Medical and sanitary report of the native army of Bengal for the year
Year: 1874
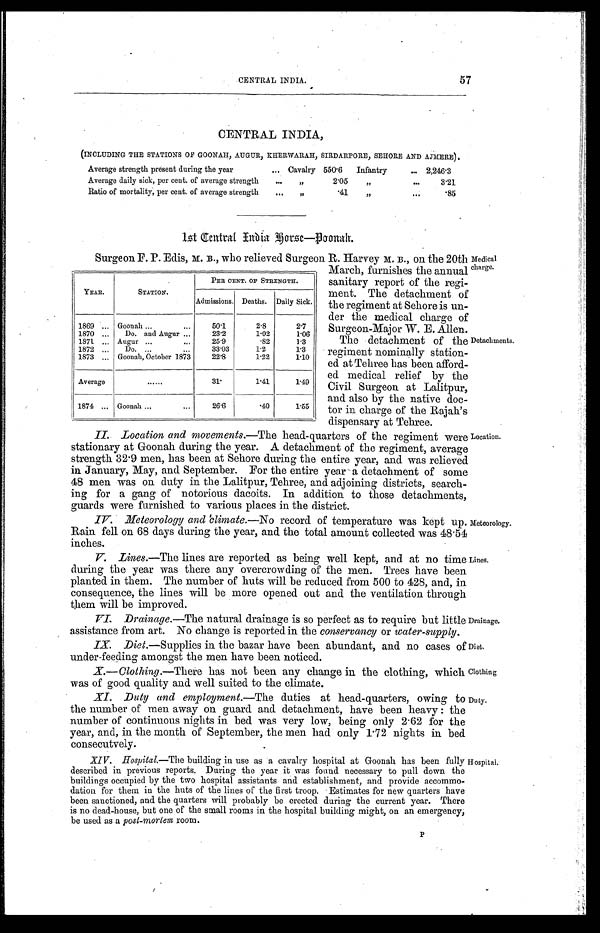
The detachment of the
regiment nominally station
-ed at Tehree has been afford
- e d m e d i c a l r e l i e f b y t h e
Civil Surgeon at Lalitpur,
and also by the native doc
- t o r i n c h a r g e o f t h e R a j a h ' s
dispensary at Tehree.
Detachments.
Drainage.
Diet.
Clothing
Duty.
57
CENTRAL INDIA.
CENTRAL INDIA,
(INCLUDING THE STATIONS OF GOONAH, AUGUR, KHERWARAH, SIRDARPORE, SEHORE AND AJMERE).
Average strength present during the year . . . Cavalry550.6 Infantry . . .
2,246.3
Average daily sick, per cent of average strength . . . " 2.05 " . . .
3.21
Ratio of mortality, per cent. of average strength . . . " .41 " . . .
.85
1st Central India Forse—Poonah.
YEAR.
STATION.
PER CENT. OF STRENGTH.
Admissions. Deaths. Daily Sick.
1869 . . . Goonah . . .
50.1
2.8
2.7
1870. . .
Do. and Augur . . .
23.2
1.02
1.06
1871. . . Augur. . .
25.9
.82
1.3
1872 . . .
Do.. . .
33.03
1.2
1.3
1873. . . Goonah, October 1873
22.8
1.22
1.10
Average
. . . 31.
1.41
1.49
1874. . . Goonah . . .
26.6
.40
1.55
II. Location and movements .—The head-quarters of the regiment were
stationary at Goonah during the year. A detachment of the regiment, average
strength 32.9 men, has been at Sehore during the entire year, and was relieved
in January, May, and September. For the entire year a detachment of some
48 men was on duty in the Lalitpur, Tehree, and adjoining districts, search
-ing for a gang of notorious dacoits. In addition to those detachments,
guards were furnished to various places in the district.
IV. Meteorology and climate .—No record of temperature was kept up.
Rain fell on 68 days during the year, and the total amount collected was 48.54
inches.
Surgeon F. P. Edis, M. B., who relieved Surgeon R. Harvey M. B ., on the 20th
March, furnishes the annual
sanitary report of the regi
-ment. The detachment of
the regiment at Sehore is un
-der the medical charge of
Surgeon-Major W. E. Allen.
Medical
charge.
Location.
Meteorology.
V. Lines.—The lines are reported as being well kept, and at no time
during the year was there any overcrowding of the men. Trees have been
planted in them. The number of huts will be reduced from 500 to 428, and, in
consequence, the lines will be more opened out and the ventilation through
them will be improved.
VI. Drainage .—The natural drainage is so perfect as to require but little
assistance from art. No change is reported in the conservancy or water-supply.
IX. Diet.—Supplies in the bazar have been abundant, and no cases of
under-feeding amongst the men have been noticed.
X.—Clothing .—There has not been any change in the clothing, which
was of good quality and well suited to the climate.
XI. Duty and employment .—The
duties at head-quarters, owing to
the number of men away on guard and detachment, have been heavy: the
number of continuous nights in bed was very low, being only 2.62 for the
year, and, in the month of September, the men had only 1.72 nights in bed
consecutvely.
XIV. Hospital.—The building in use as a cavalry hospital at Goonah has been fully
described in previous reports. During the year it was found necessary to pull down the
buildings occupied by the two hospital assistants and establishment, and provide accommo
-dation for them in the huts of the lines of the first troop. Estimates for new quarters have
been sanctioned, and the quarters will probably be erected during the current year. There
is no dead-house, but one of the small rooms in the hospital building might, on an emergency,
be used as a post-mortem room.
Lines.
Hospital.